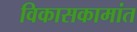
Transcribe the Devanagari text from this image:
विकासकामांत